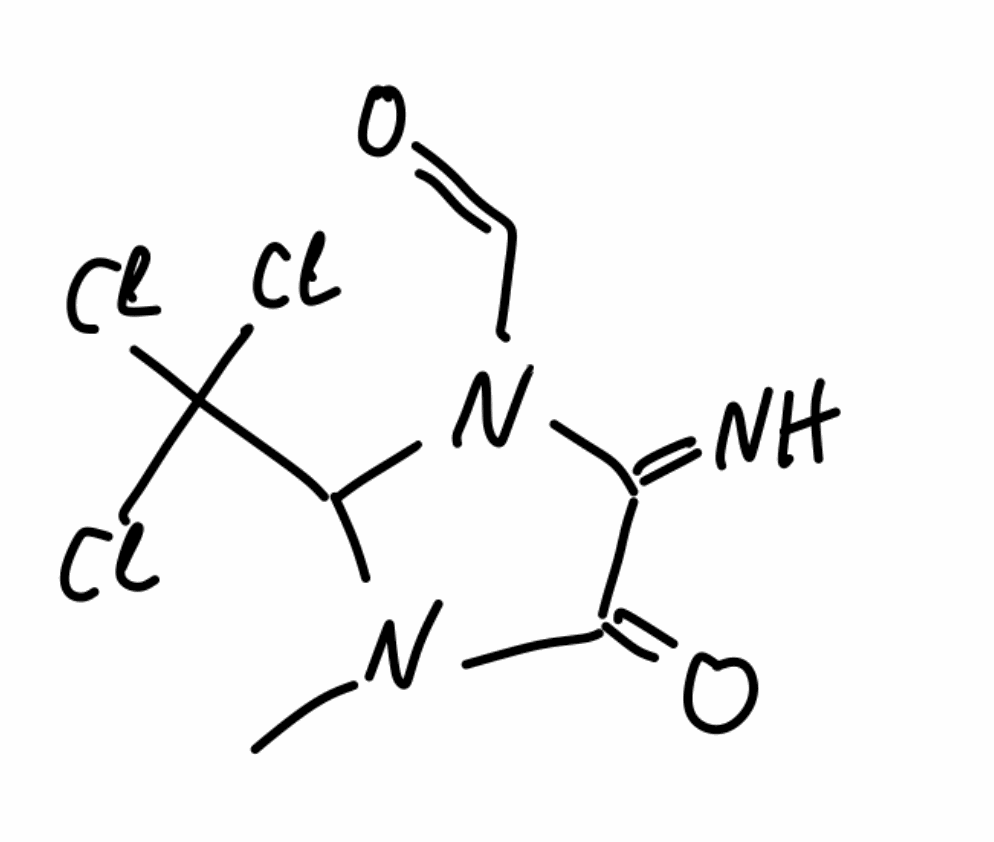
Simplified molecular-input line-entry system (SMILES) notation of the given molecule:
CN1C(N(C(=N)C1=O)C=O)C(Cl)(Cl)Cl